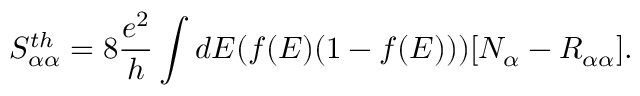
{ S _ { \alpha \alpha } ^ { t h } = 8 \frac { e ^ { 2 } } { h } \int d E ( f ( E ) ( 1 - f ( E ) ) ) [ N _ { \alpha } - R _ { \alpha \alpha } ] } .